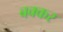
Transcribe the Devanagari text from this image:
बक्कर